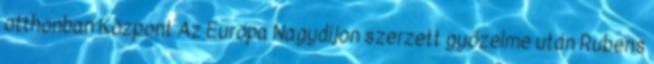
otthonban Központ Az Európa Nagydíjon szerzett győzelme után Rubens